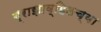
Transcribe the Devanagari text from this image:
ब्राझाव्हिलच्या